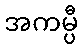
အကမ္ပီ